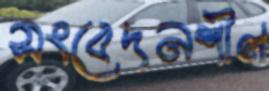
সংবেদনশীল